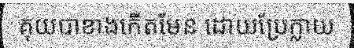
គុយបាខាងកើតមែន ដោយប្រែក្លាយ